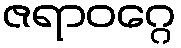
ဇရာဝဂ္ဂေ